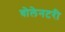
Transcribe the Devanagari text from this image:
वोलेनटरी